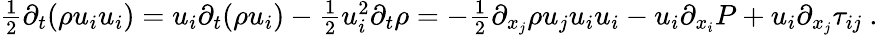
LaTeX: \begin{array}{r}{\frac{1}{2}\partial_{t}(\rho u_{i}u_{i})=u_{i}\partial_{t}(\rho u_{i})-\frac{1}{2}u_{i}^{2}\partial_{t}\rho=-\frac{1}{2}\partial_{x_{j}}\rho u_{j}u_{i}u_{i}-u_{i}\partial_{x_{i}}P+u_{i}\partial_{x_{j}}\tau_{ij}\ .}\end{array}